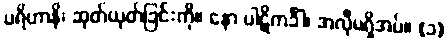
ပရိဟာနိ၊ ဆုတ်ယုတ်ခြင်းကို။ နော ပါဋိကင်္ခါ၊ အလိုမရှိအပ်။ (၁)